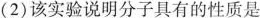
（2）该实验说明分子具有的性质是